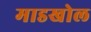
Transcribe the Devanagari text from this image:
माडखोल